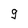
Character: g